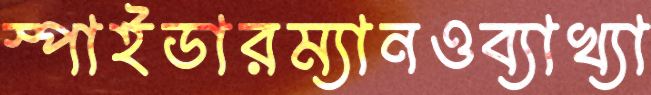
স্পাইডারম্যানওব্যাখ্যা